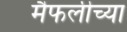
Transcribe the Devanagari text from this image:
मैफलीच्या